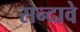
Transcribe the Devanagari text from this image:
सन्दावे